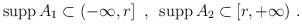
LaTeX: \begin{align*}{\rm supp}\,A_1 \subset (-\infty,r]\,\,\,,\,\,\,{\rm supp}\,A_2 \subset[r,+\infty)\,\,.\end{align*}